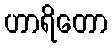
ဟာရိတော